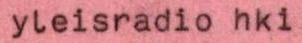
yleisradio hki